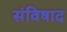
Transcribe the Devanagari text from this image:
संविषाद